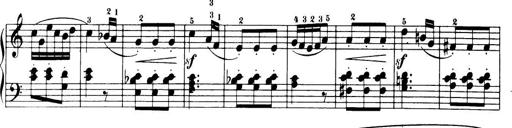
Title: 32 Sonatinas and Rondos for the Piano
Composer: Richard Kleinmichel